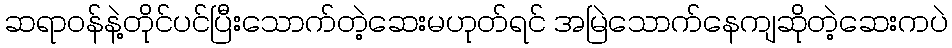
ဆရာဝန်နဲ့တိုင်ပင်ပြီးသောက်တဲ့ဆေးမဟုတ်ရင် အမြဲသောက်နေကျဆိုတဲ့ဆေးကပဲ